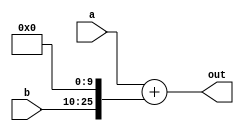
`timescale 1ns / 1ps
module adder32bit(
    input signed [31:0] a,
    input signed [15:0] b,
    output signed [31:0] out
    );
    wire signed [25:0] z;
    wire signed [31:0] k;
    assign z = {b,10'b0};
    assign k = {{6{z[25]}},z};
    assign out = a+k;
endmodule